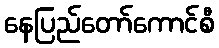
နေပြည်တော်ကောင်စီ